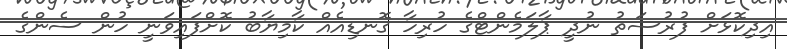
އިދިކޮޅަށް ފުރުސަތު ނުދީ ޕާލަމެންޓްގެ ހުރިހާ ގޮނޑިއެއް ކާމިޔާބު ކޮށްފައިވަނީ ހުން ސެންގެ